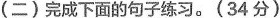
(二)完成下面的句子练习。(34分)